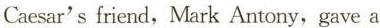
Caesar's friend,Mark Antony,gave a